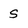
Character: s